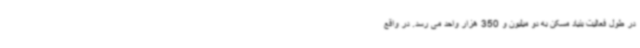
در طول فعالیت بنیاد مسکن به دو میلیون و 350 هزار واحد می رسد. در واقع